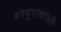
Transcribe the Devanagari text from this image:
बापूरावांशी